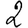
Digit: 2